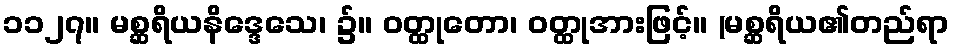
၁၁၂၇။ မစ္ဆရိယနိဒ္ဒေသေ၊ ၌။ ဝတ္ထုတော၊ ဝတ္ထုအားဖြင့်။ (မစ္ဆရိယ၏တည်ရာ